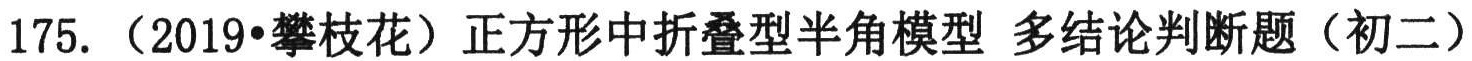
175. （2019•攀枝花）正方形中折叠型半角模型 多结论判断题（初二）